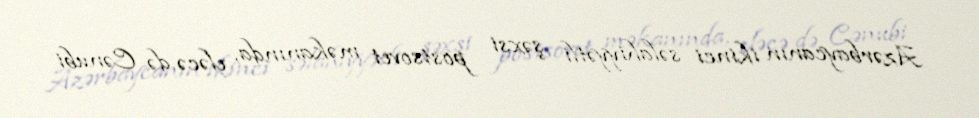
Azərbaycanın ikinci səlahiyyətli şəxsi postsovet məkanında, eləcə də Cənubi